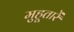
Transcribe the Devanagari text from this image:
मुहूतारें